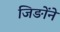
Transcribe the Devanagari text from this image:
जिङोंने